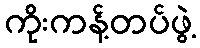
ကိုးကန့်တပ်ဖွဲ့